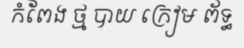
កំពែង ថ្ម បាយ ក្រៀម ព័ទ្ធ